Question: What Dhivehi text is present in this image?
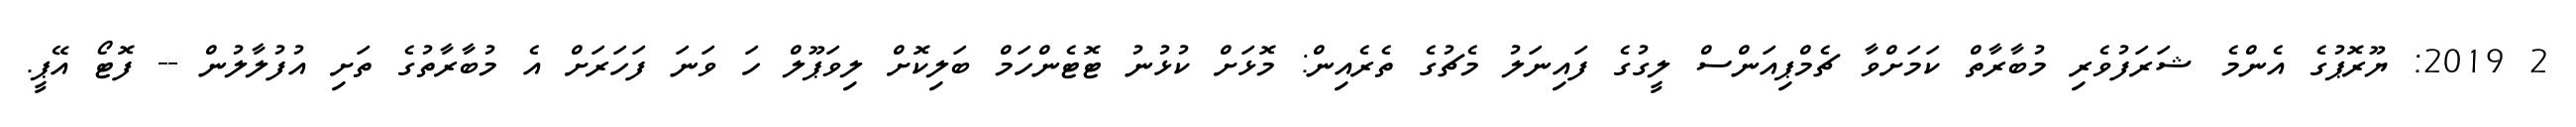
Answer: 2 2019: ޔޫރޮޕުގެ އެންމެ ޝަރަފުވެރި މުބާރާތް ކަމަށްވާ ޗެމްޕިއަންސް ލީގުގެ ފައިނަލު މެޗުގެ ތެރެއިން: މޮޅަށް ކުޅުނު ޓޮޓެންހަމް ބަލިކޮށް ލިވަޕޫލް ހަ ވަނަ ފަހަރަށް އެ މުބާރާތުގެ ތަށި އުފުލާލުން -- ފޮޓޯ އޭޕީ.